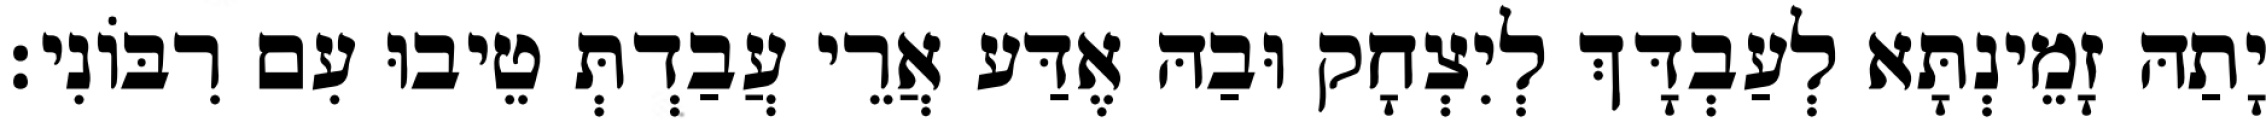
יָתַהּ זָמֵינְתָּא לְעַבְדָּךְ לְיִצְחָק וּבַהּ אֶדַּע אֲרֵי עֲבַדְתְּ טֵיבוּ עִם רִבּוֹנִי׃